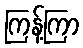
ကြန့်ကြာ